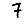
Digit: 7